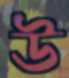
উ